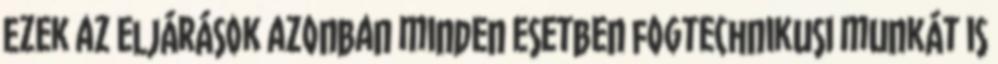
Ezek az eljárások azonban minden esetben fogtechnikusi munkát is